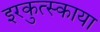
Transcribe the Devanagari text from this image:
इरकुत्स्काया